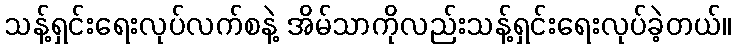
သန့်ရှင်းရေးလုပ်လက်စနဲ့ အိမ်သာကိုလည်းသန့်ရှင်းရေးလုပ်ခဲ့တယ်။